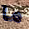
ما